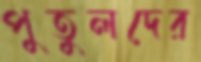
পুতুলদের